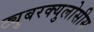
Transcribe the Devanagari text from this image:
ट्युबरक्युलोसीस